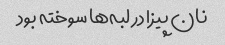
نان پیزا در لبه‌ها سوخته بود